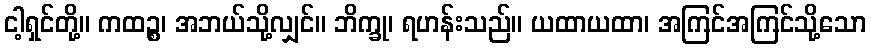
ငါ့ရှင်တို့။ ကထဉ္စ၊ အဘယ်သို့လျှင်။ ဘိက္ခု၊ ရဟန်းသည်။ ယထာယထာ၊ အကြင်အကြင်သို့သော